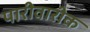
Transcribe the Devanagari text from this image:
पारीवारीक